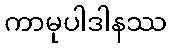
ကာမုပါဒါနဿ